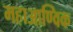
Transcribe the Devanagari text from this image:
महाआण्विक